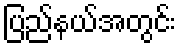
ပြည်နယ်အတွင်း